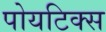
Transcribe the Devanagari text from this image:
पोयटिक्स